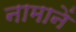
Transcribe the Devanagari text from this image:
नामानें